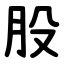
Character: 股